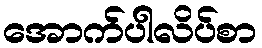
အောက်ပါလိပ်စာ